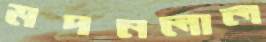
মদনলাল